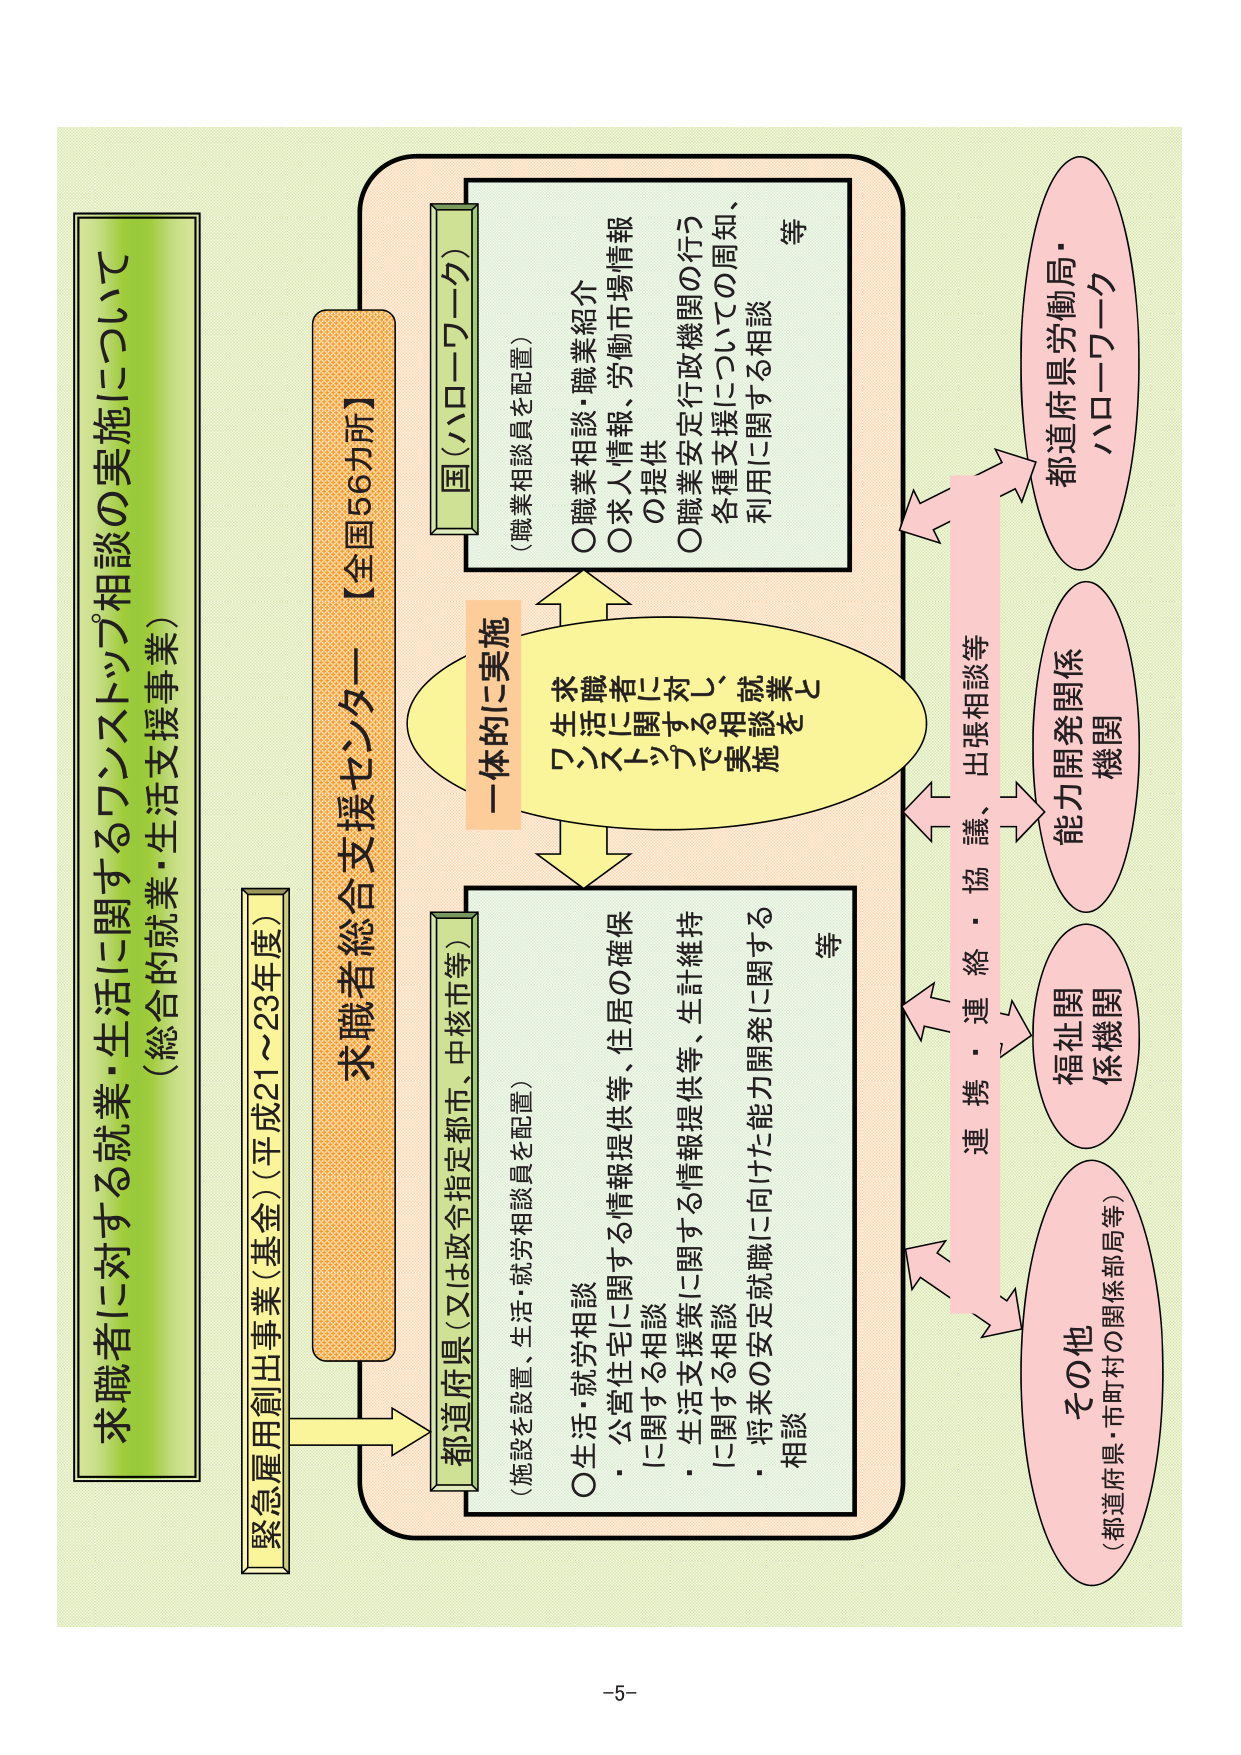
求職者に対する就業・生活に関するワンストップ相談の実施について
（総合的就業・生活支援事業）

緊急雇用創出事業（基金）（平成21～23年度）

求職者総合支援センター 【全国56カ所】

都道府県（又は政令指定都市、中核市等）
（施設を設置、生活・就労相談員を配置）
○生活・就労相談
・公営住宅に関する情報提供等、住居の確保に関する相談
・生活支援策に関する情報提供等、生計維持に関する相談
・将来の安定就職に向けた能力開発に関する相談
等

国（ハローワーク）
（職業相談員を配置）
○職業相談・職業紹介
○求人情報、労働市場情報の提供
○職業安定行政機関の行う各種支援についての周知、利用に関する相談
等

一体的に実施
求職者に対するワンストップ就業相談を実施

連携・連絡・協議、出張相談等

都道府県労働局・ハローワーク
能力開発関係機関
福祉関係機関
その他（都道府県・市町村の関係部局等）